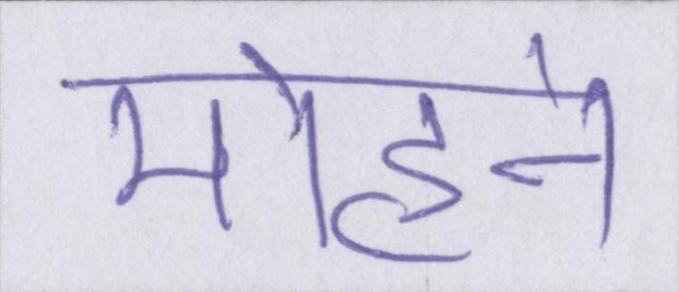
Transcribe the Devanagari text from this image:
मोहने